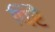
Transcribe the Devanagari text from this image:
पिरै